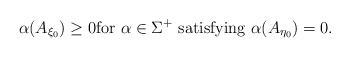
\begin{align*}\alpha (A_{\xi_0}) \geq 0 \mbox{for } \alpha \in \Sigma^+ \mbox{ satisfying } \alpha (A_{\eta_0}) = 0.\end{align*}